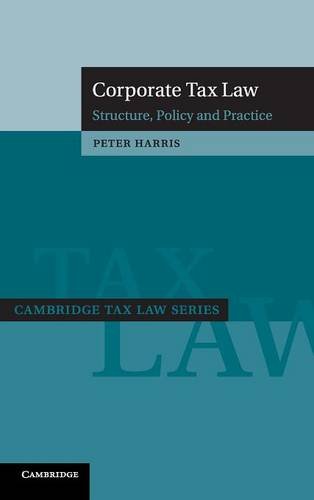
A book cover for Corporate Tax Law: Structure, Policy and Practice (Cambridge Tax Law Series); Peter Harris; Law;